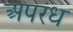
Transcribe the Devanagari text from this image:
अपरध